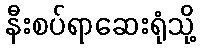
နီးစပ်ရာဆေးရုံသို့